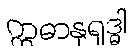
ဣဓာနုရုဒ္ဓါ